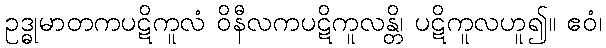
ဥဒ္ဓုမာတကပဋိကူလံ ဝိနီလကပဋိကူလန္တိ၊ ပဋိကူလဟူ၍။ ဧဝံ၊